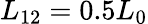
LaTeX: L_{12}=0.5L_{0}